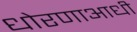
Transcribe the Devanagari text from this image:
धोरणाआधी